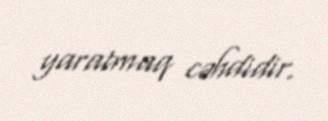
yaratmaq cəhdidir.